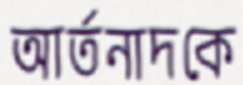
আর্তনাদকে